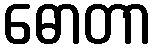
ဓောတာ